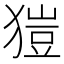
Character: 𤠲